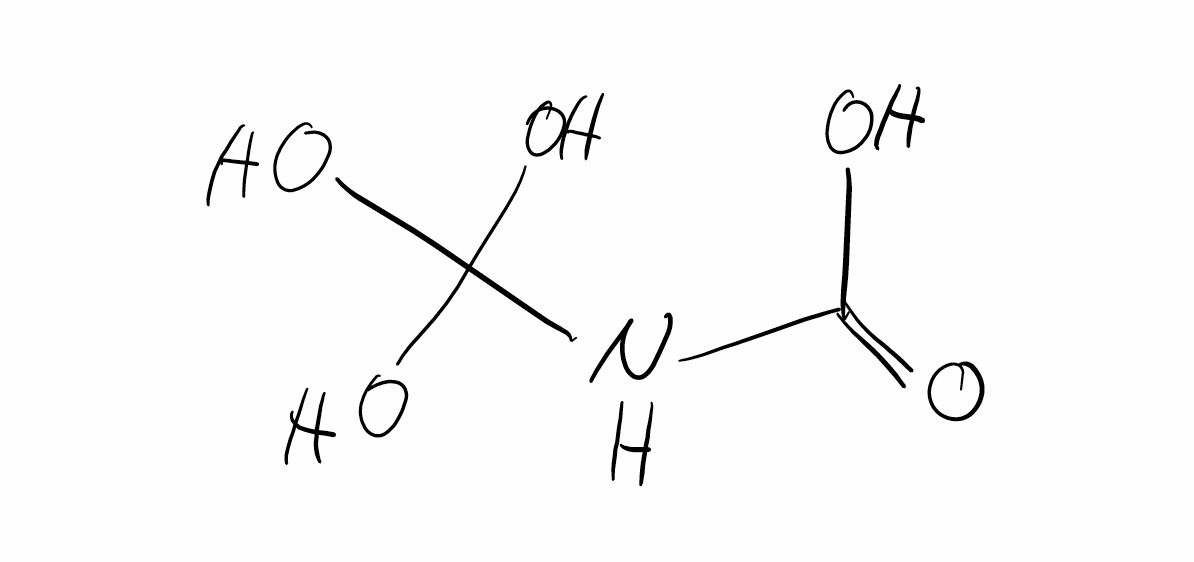
Simplified molecular-input line-entry system (SMILES) notation of the given molecule:
C(=O)(NC(O)(O)O)O